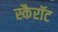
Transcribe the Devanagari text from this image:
स्कैरॉट